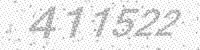
Solution: 411522